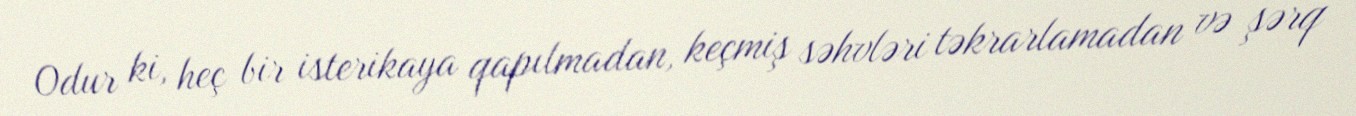
Odur ki, heç bir isterikaya qapılmadan, keçmiş səhvləri təkrarlamadan və şərq